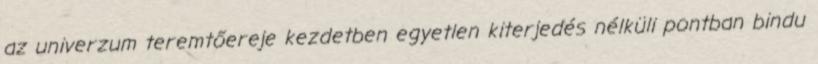
az univerzum teremtőereje kezdetben egyetlen kiterjedés nélküli pontban bindu